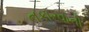
નકારવાની